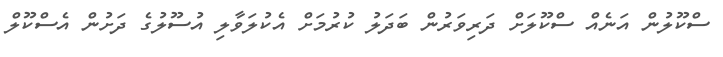
ސްކޫލުން އަނެއް ސްކޫލަށް ދަރިވަރުން ބަދަލު ކުރުމަށް އެކުލަވާލި އުސޫލުގެ ދަށުން އެސްކޫލް